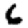
Digit: 6